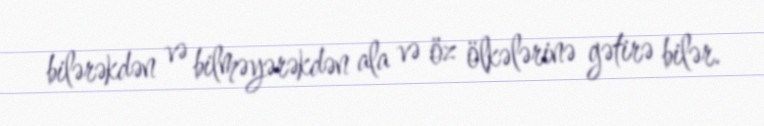
bilərəkdən və bilməyərəkdən ala və öz ölkələrinə gətirə bilər.